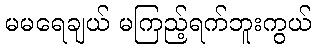
မမရေချယ် မကြည့်ရက်ဘူးကွယ်